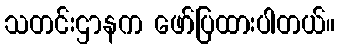
သတင်းဌာနက ဖော်ပြထားပါတယ်။